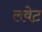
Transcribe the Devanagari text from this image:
लवेट